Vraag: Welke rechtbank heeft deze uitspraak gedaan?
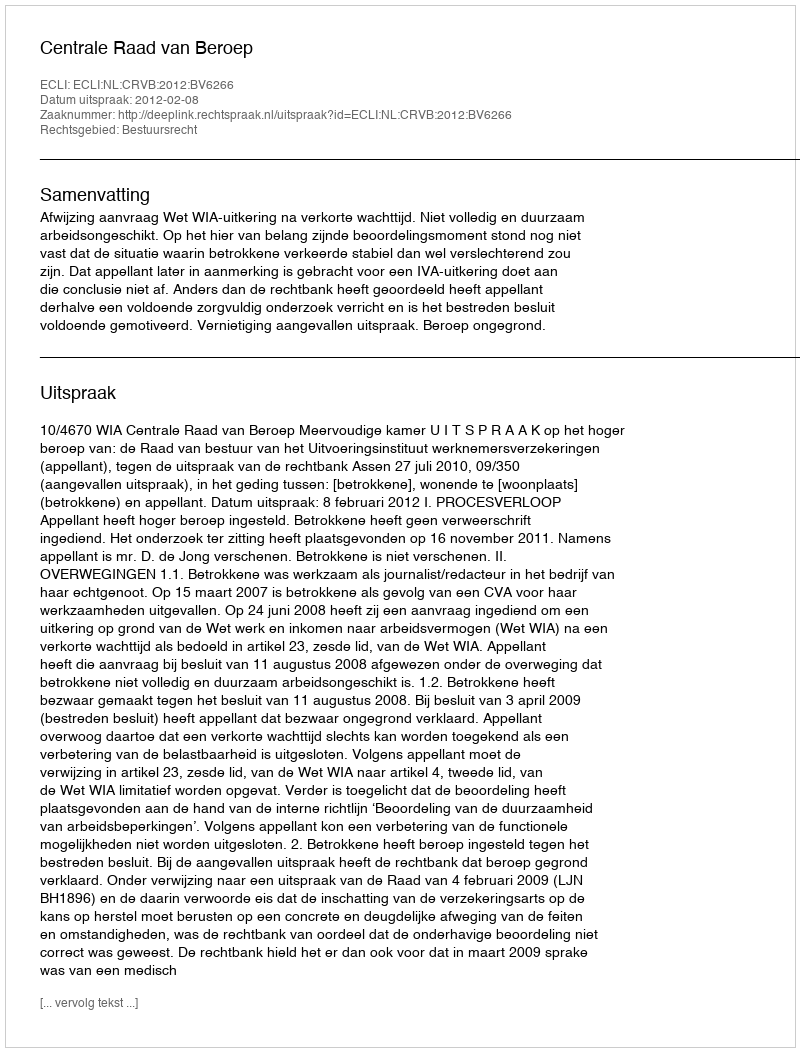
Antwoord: Centrale Raad van Beroep